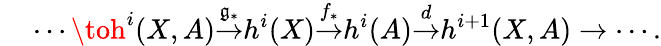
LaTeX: {}\quad\cdots\toh^{i}(X,A){\overset{\mathfrak{g}_{*}}{\to}}h^{i}(X){\overset{f_{*}}{\to}}h^{i}(A){\overset{d}{\to}}h^{i+1}(X,A)\to\cdots.